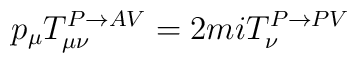
p_\mu T^{P\rightarrow AV}_{\mu \nu} =2miT^{P\rightarrow PV}_\nu